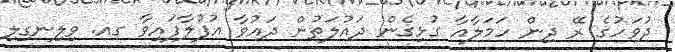
ދުވަހުގެ ރޭ ދިން ހަމަލާއާ ގުޅިގެން ދައުލަތުން ދައުވާ އުފުލާފައިވާ ގއ. ވިލިނގިލި